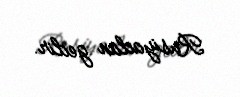
Rusiyadan gedir.